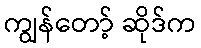
ကျွန်တော့် ဆိုဒ်က